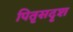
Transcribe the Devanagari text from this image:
पितृसदृश